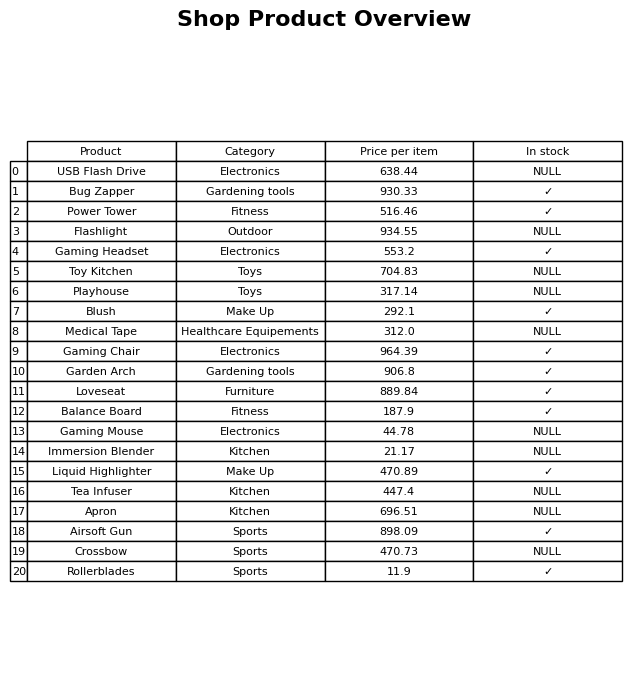
question: What is the price for Garden Arch?
answer: The price of Garden Arch is 906.8.